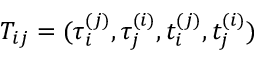
T _ { i j } = ( \tau _ { i } ^ { ( j ) } , \tau _ { j } ^ { ( i ) } , t _ { i } ^ { ( j ) } , t _ { j } ^ { ( i ) } )